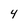
Character: 4